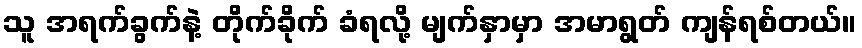
သူ အရက်ခွက်နဲ့ တိုက်ခိုက် ခံရလို့ မျက်နှာမှာ အမာရွတ် ကျန်ရစ်တယ်။